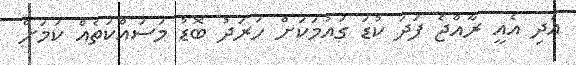
އަދި އެއީ ރާއްޖެ ފަދަ ކުޑަ ގައުމަކަށް ހަރަދު ބޮޑު މަސައްކަތެއް ކަމަށް